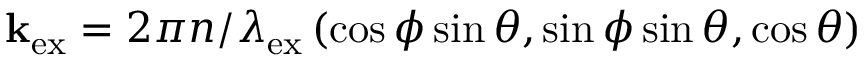
\mathbf { k } _ { \mathrm { e x } } = 2 \pi n / \lambda _ { \mathrm { e x } } \left( \cos \phi \sin \theta , \sin \phi \sin \theta , \cos \theta \right)